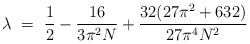
\begin{align*}\lambda ~=~ \frac{1}{2} - \frac{16}{3\pi^2N}+ \frac{32(27\pi^2+632)}{27\pi^4N^2}\end{align*}